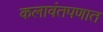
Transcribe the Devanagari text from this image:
कलावंतपणात